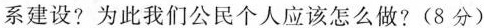
系建设?为此我们公民个人应该怎么做?(8分)